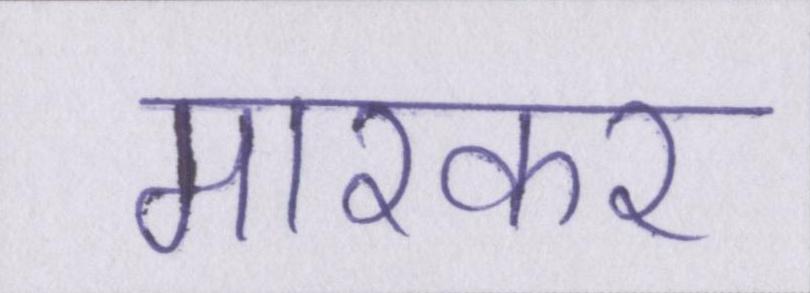
मारकर